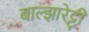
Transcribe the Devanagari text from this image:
बाल्झारेट्टी